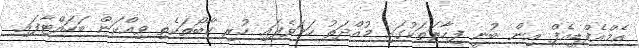
އެމްއެފްޑީއެފް އިން ބުނީ ފިހާރަތަކުގައި މުއްދަތު ހަމަވެފައި ހުރި ކާބޯތަކެތި ވިއްކަން ބަހައްޓާފައި